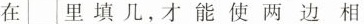
在 里填几，才能使两边相